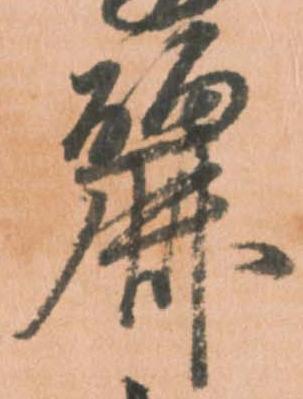
麗